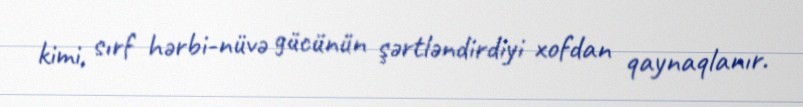
kimi, sırf hərbi-nüvə gücünün şərtləndirdiyi xofdan qaynaqlanır.